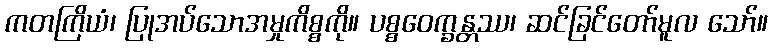
ကတကြိယံ၊ ပြုအပ်သောအမှုကိစ္စကို။ ပစ္စဝေက္ခန္တဿ၊ ဆင်ခြင်တော်မူလ သော်။